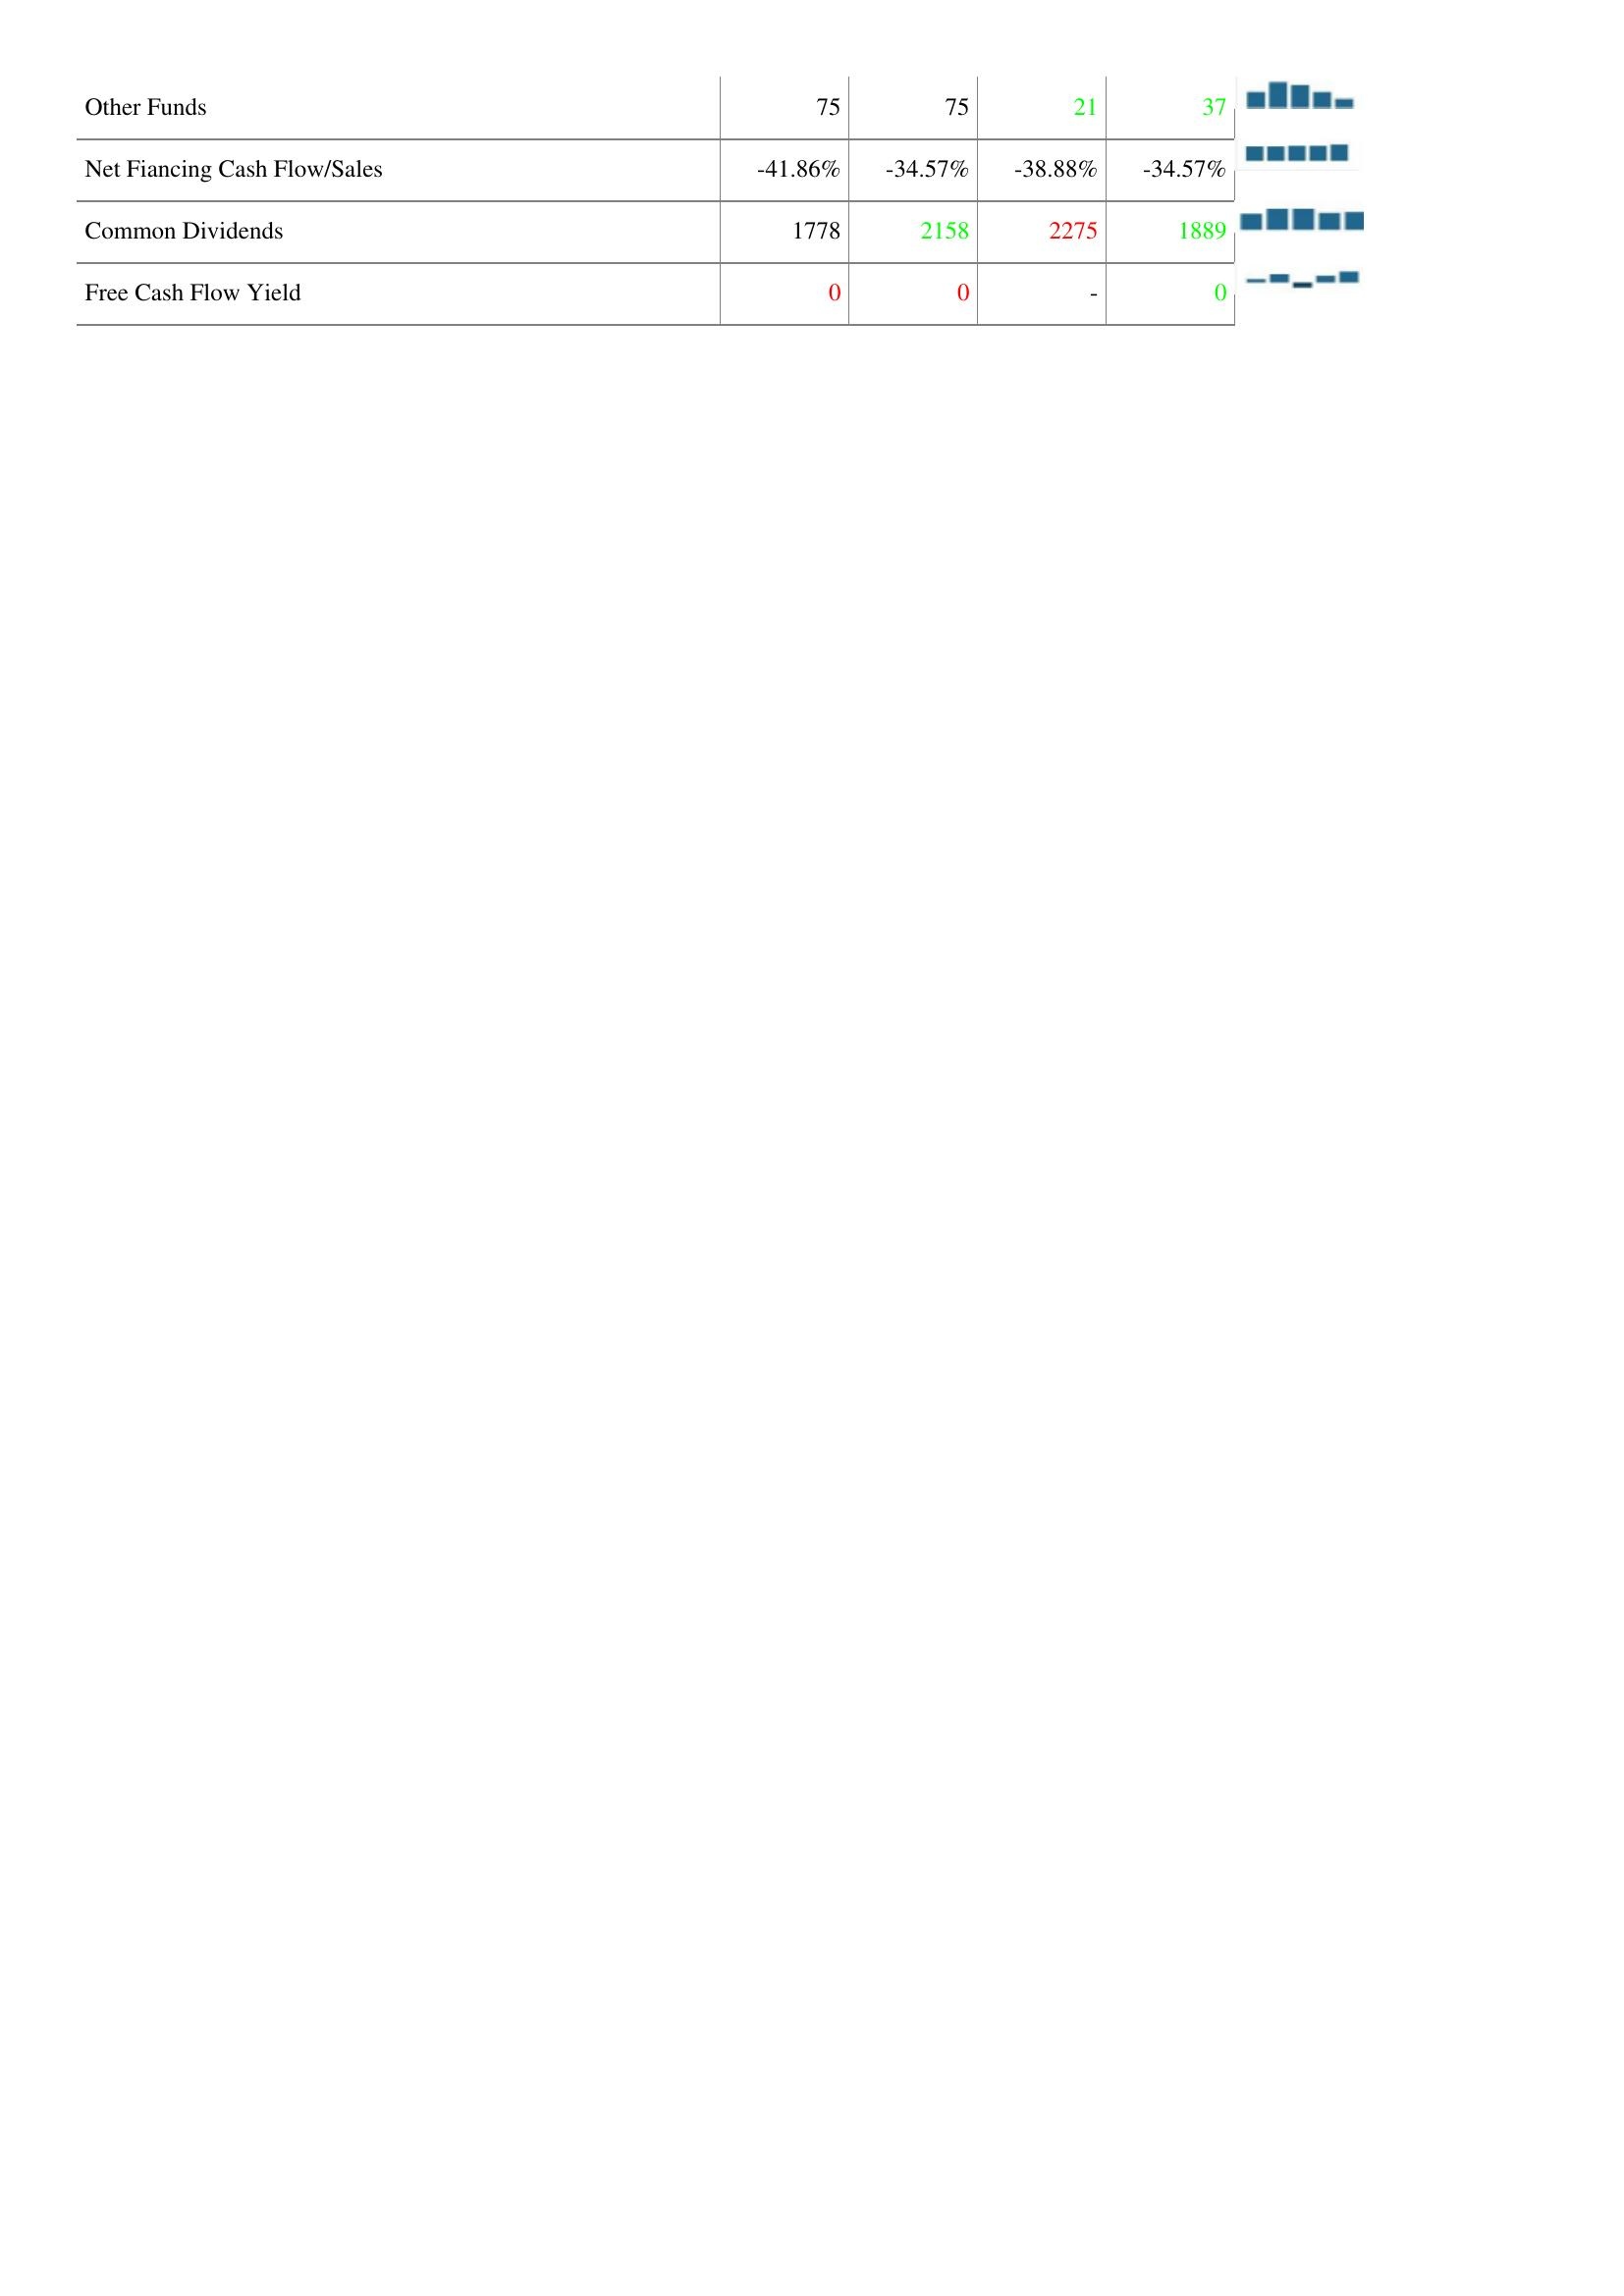
2006: Financing Activities: Other Funds: 75
Net Fiancing Cash Flow/Sales: -41.86%
Common Dividends: 1778
Free Cash Flow Yield: 0
2007: Financing Activities: Other Funds: 75
Net Fiancing Cash Flow/Sales: -34.57%
Common Dividends: 2158
Free Cash Flow Yield: 0
2008: Financing Activities: Other Funds: 21
Net Fiancing Cash Flow/Sales: -38.88%
Common Dividends: 2275
Free Cash Flow Yield: -
2009: Financing Activities: Other Funds: 37
Net Fiancing Cash Flow/Sales: -34.57%
Common Dividends: 1889
Free Cash Flow Yield: 0